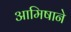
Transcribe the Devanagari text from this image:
आमिषाने